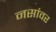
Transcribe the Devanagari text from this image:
नसांवर